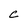
Character: C